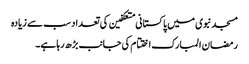
مسجد نبوی میں پاکستانی متعکفین کی تعداد سب سے زیادہ
رمضان المبارک اختتام کی جانب بڑھ رہا ہے۔